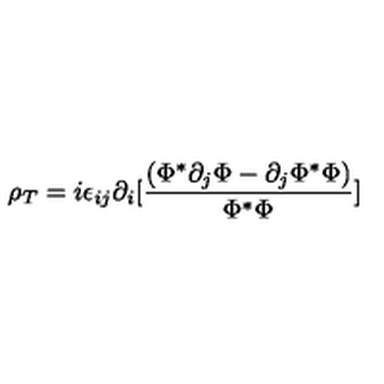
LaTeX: \rho _ { T } = i \epsilon _ { i j } \partial _ { i } [ { \frac { ( \Phi ^ { * } \partial _ { j } \Phi - \partial _ { j } \Phi ^ { * } \Phi ) } { \Phi ^ { * } \Phi } } ]